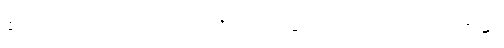
ဧဝမေဝခေါ၊ ဤအတူသာလျှင်။ ယသ္မိံသမယေ၊ အကြင်အခါ၌။